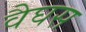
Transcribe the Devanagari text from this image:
वैघस